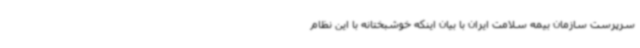
سرپرست سازمان بیمه سلامت ایران با بیان اینکه خوشبختانه با این نظام